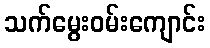
သက်မွေးဝမ်းကျောင်း